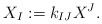
\begin{align*}X_I:=k_{IJ}X^J.\end{align*}